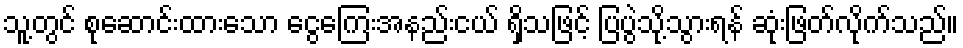
သူ့တွင် စုဆောင်းထားသော ငွေကြေးအနည်းငယ် ရှိသဖြင့် ပြပွဲသို့သွားရန် ဆုံးဖြတ်လိုက်သည်။